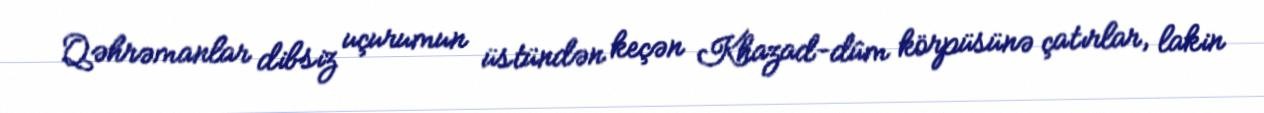
Qəhrəmanlar dibsiz uçurumun üstündən keçən Khazad-dûm körpüsünə çatırlar, lakin